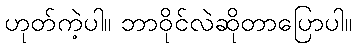
ဟုတ်ကဲ့ပါ။ ဘာဝိုင်လဲဆိုတာပြောပါ။